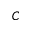
C